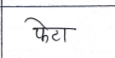
मजकूर: फेटा